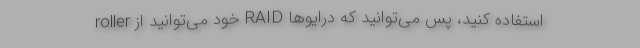
roller خود می‌توانید از RAID استفاده کنید، پس می‌توانید که درایوها